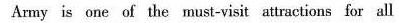
Anuy is one of the must-visit attractions for all